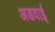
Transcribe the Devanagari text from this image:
अडवाई